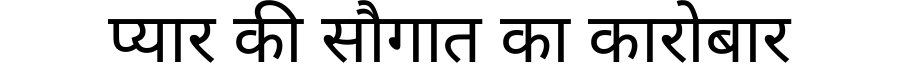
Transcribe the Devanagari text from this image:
प्यार की सौगात का कारोबार